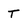
Character: t